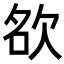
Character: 𭭊